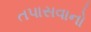
તપાસવાનો